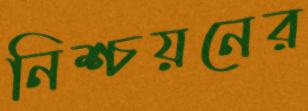
নিশ্চয়নের